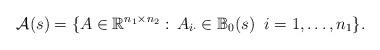
LaTeX: \begin{align*}\mathcal{A}(s)=\{A \in \mathbb R^{n_1\times n_2} : \, A_{i\cdot}\in \mathbb B_0(s)\;\; i=1,\dots,n_1\}.\end{align*}